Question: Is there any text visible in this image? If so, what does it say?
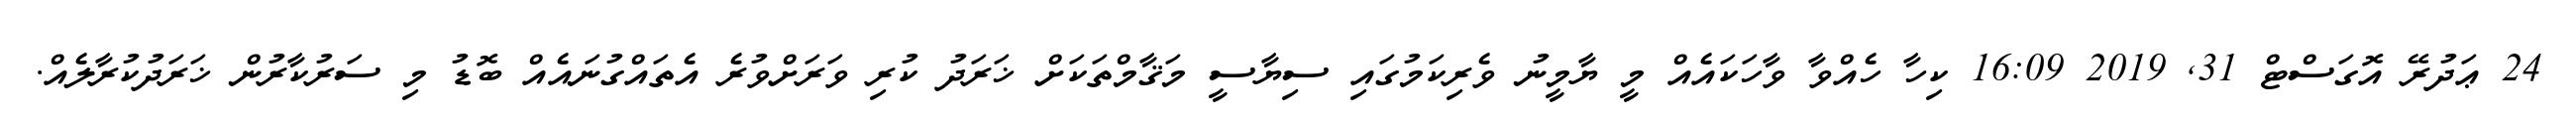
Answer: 24 ޢަދުރޭ އޮގަސްޓް 31, 2019 16:09 ކިހާ ހެއްވާ ވާހަކައެއް މީ ޔާމީނު ވެރިކަމުގައި ސިޔާސީ މަޤާމްތަކަށް ޚަރަދު ކުރި ވަރަށްވުރެ އެތައްގުނައެއް ބޮޑު މި ސަރުކާރުން ޚަރަދުކުރާލެއް.